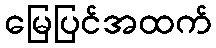
မြေပြင်အထက်